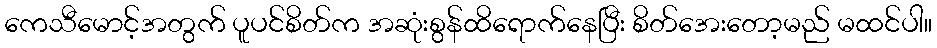
ကေသီမောင့်အတွက် ပူပင်စိတ်က အဆုံးစွန်ထိရောက်နေပြီး စိတ်အေးတော့မည် မထင်ပါ။